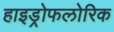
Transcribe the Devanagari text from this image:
हाइड्रोफलोरिक